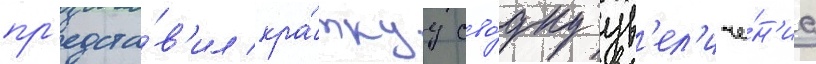
пр'едста́в'ил кра́ткуу сво́дку ув'ел'иче́н'иа